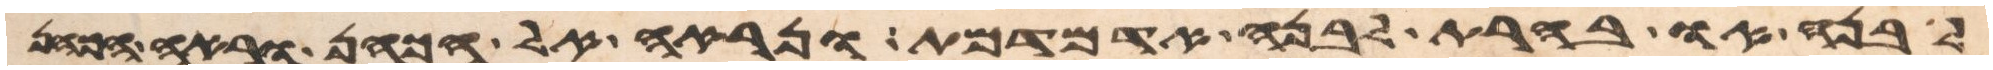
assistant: לבנה או בהרת לבנה אדמדמת ונראה אל הכהן וראה